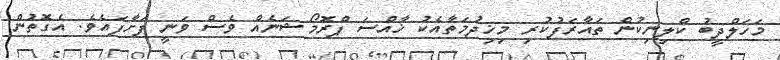
މަހަލްދީބު ކްލިނިކުން ތައާރަފުކުރި މިޚިދުމަތާއެކު ޚާއްސަ ޕްރޮމޯޝަނެއް ވެސް ވަނީ ފަށާފައެވެ. އެގޮތުން